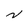
Character: N